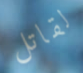
لقاتل